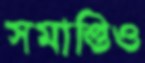
সমাপ্তিও